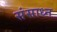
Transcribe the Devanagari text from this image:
संसाध्न